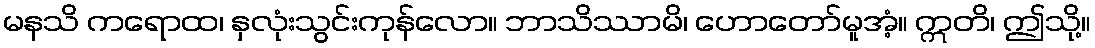
မနသိ ကရောထ၊ နှလုံးသွင်းကုန်လော။ ဘာသိဿာမိ၊ ဟောတော်မူအံ့။ ဣတိ၊ ဤသို့။